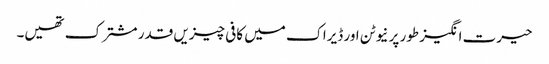
حیرت انگیز طور پر نیوٹن اور ڈیراک میں کافی چیزیں قدر مشترک تھیں۔